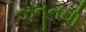
ઝનૂનથી